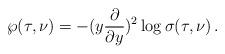
LaTeX: \begin{align*}\wp(\tau,\nu)=-(y\frac{\partial}{\partial y})^2 \log \sigma(\tau,\nu)\,.\end{align*}